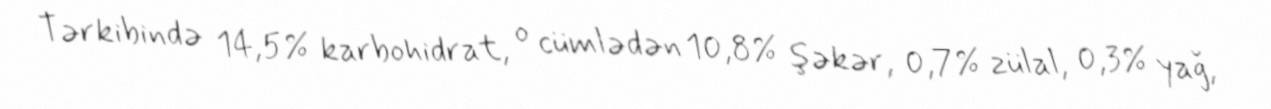
Tərkibində 14,5% karbohidrat, o cümlədən 10,8% şəkər, 0,7% zülal, 0,3% yağ,